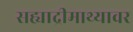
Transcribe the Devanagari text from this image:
सह्याद्रीमाथ्यावर